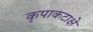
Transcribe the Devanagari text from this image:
कृपाकटाक्षे